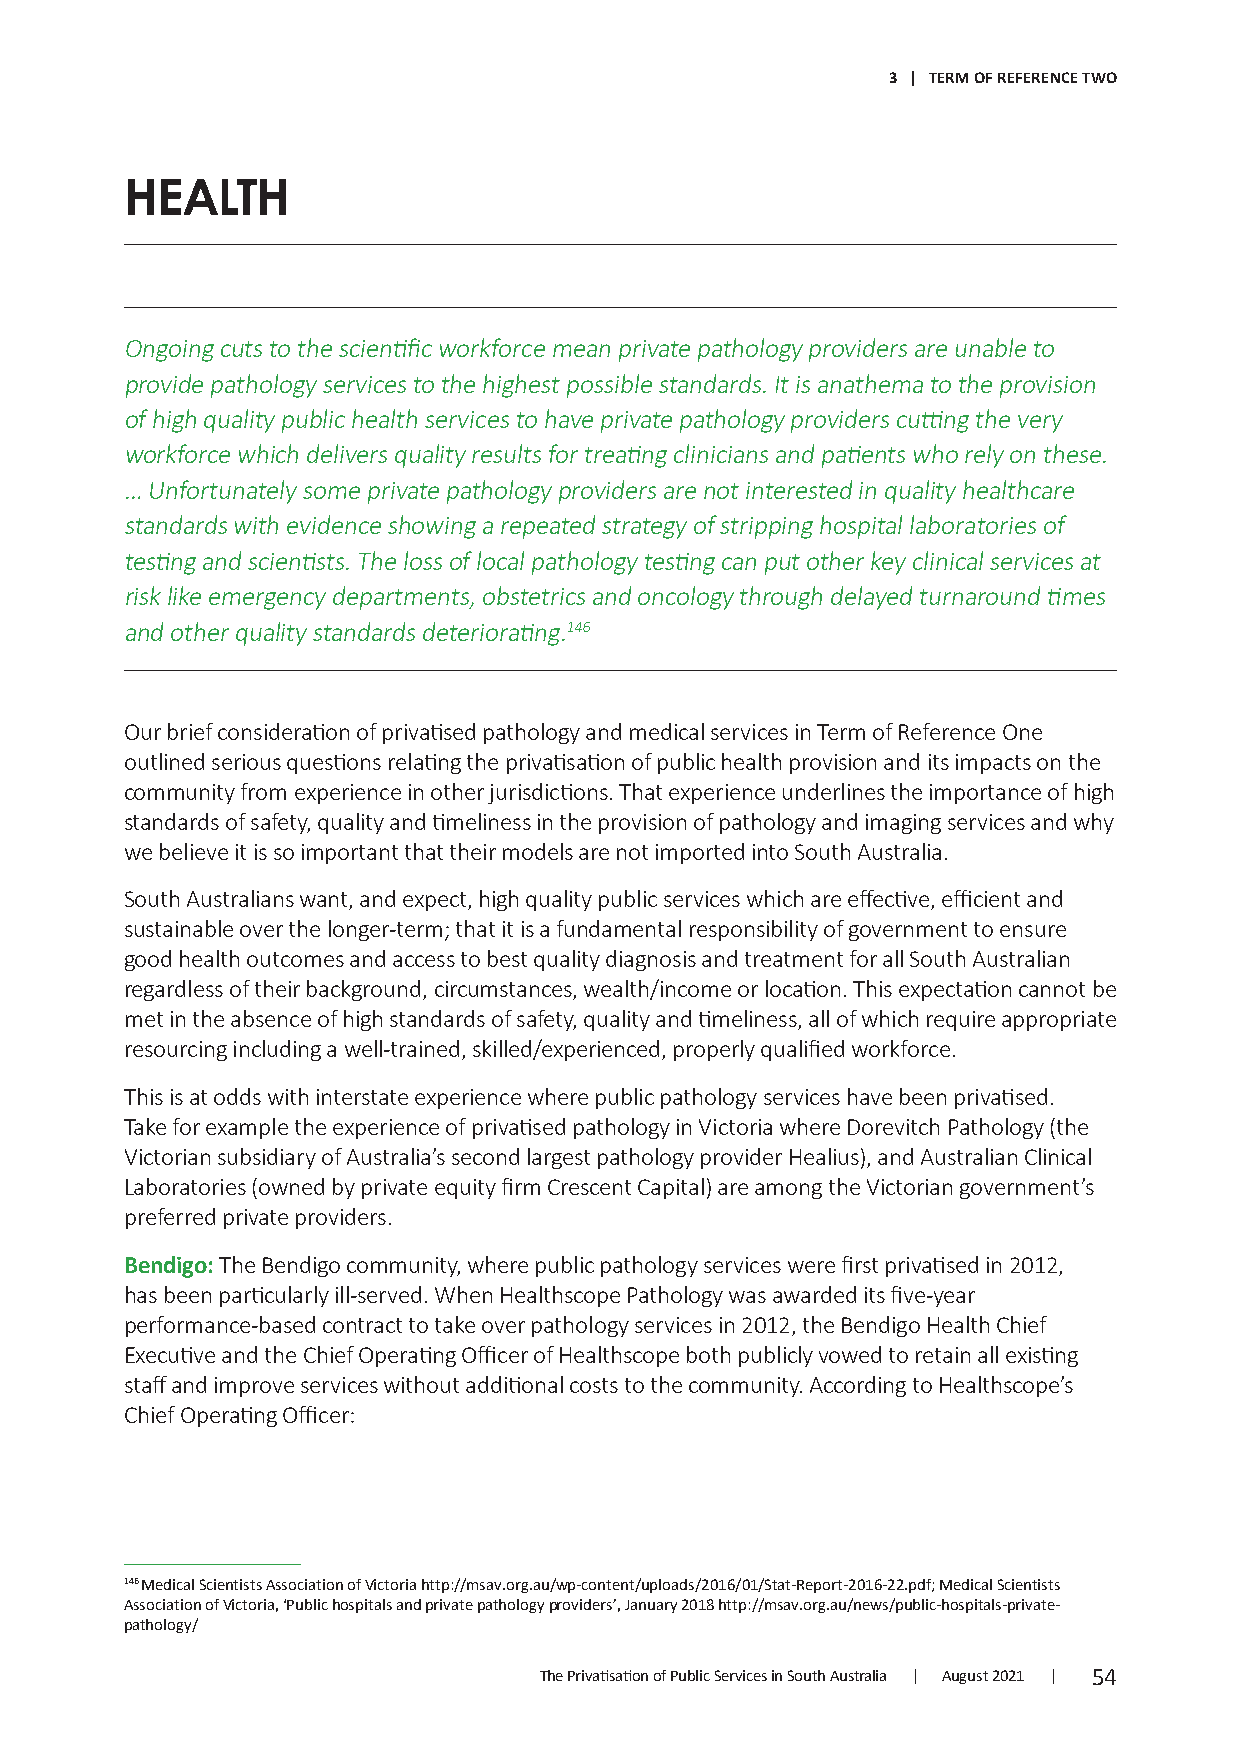
3 | TERM OF REFERENCE TWO
 HEALTH
 Ongoing cuts to the scientific workforce mean private pathology providers are unable to
 provide pathology services to the highest possible standards. It is anathema to the provision
 of high quality public health services to have private pathology providers cutting the very
 workforce which delivers quality results for treating clinicians and patients who rely on these.
 … Unfortunately some private pathology providers are not interested in quality healthcare
 standards with evidence showing a repeated strategy of stripping hospital laboratories of
 testing and scientists. The loss of local pathology testing can put other key clinical services at
 risk like emergency departments, obstetrics and oncology through delayed turnaround times
 and other quality standards deteriorating.146
 Our brief consideration of privatised pathology and medical services in Term of Reference One
 outlined serious questions relating the privatisation of public health provision and its impacts on the
 community from experience in other jurisdictions. That experience underlines the importance of high
 standards of safety, quality and timeliness in the provision of pathology and imaging services and why
 we believe it is so important that their models are not imported into South Australia.
 South Australians want, and expect, high quality public services which are effective, efficient and
 sustainable over the longer-term; that it is a fundamental responsibility of government to ensure
 good health outcomes and access to best quality diagnosis and treatment for all South Australian
 regardless of their background, circumstances, wealth/income or location. This expectation cannot be
 met in the absence of high standards of safety, quality and timeliness, all of which require appropriate
 resourcing including a well-trained, skilled/experienced, properly qualified workforce.
 This is at odds with interstate experience where public pathology services have been privatised.
 Take for example the experience of privatised pathology in Victoria where Dorevitch Pathology (the
 Victorian subsidiary of Australia’s second largest pathology provider Healius), and Australian Clinical
 Laboratories (owned by private equity firm Crescent Capital) are among the Victorian government’s
 preferred private providers.
 Bendigo: The Bendigo community, where public pathology services were first privatised in 2012,
 has been particularly ill-served. When Healthscope Pathology was awarded its five-year
 performance-based contract to take over pathology services in 2012, the Bendigo Health Chief
 Executive and the Chief Operating Officer of Healthscope both publicly vowed to retain all existing
 staff and improve services without additional costs to the community. According to Healthscope’s
 Chief Operating Officer:
 146 Medical Scientists Association of Victoria http://msav.org.au/wp-content/uploads/2016/01/Stat-Report-2016-22.pdf; Medical Scientists
 Association of Victoria, ‘Public hospitals and private pathology providers’, January 2018 http://msav.org.au/news/public-hospitals-private-
 pathology/
 The Privatisation of Public Services in South Australia | August 2021 | 54